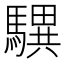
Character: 龭